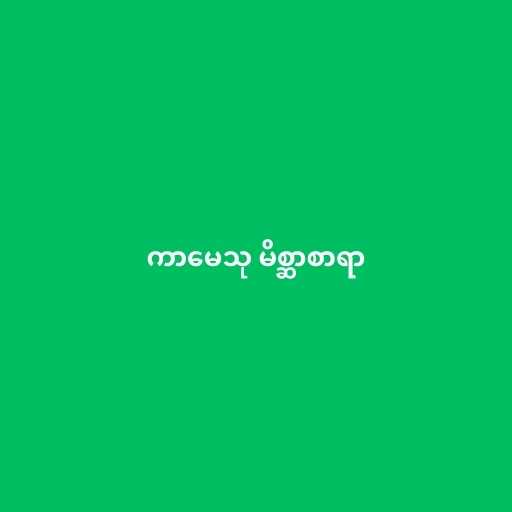
ကာမေသု မိစ္ဆာစာရာ